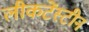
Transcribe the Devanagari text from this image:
लीकटेंस्टीन